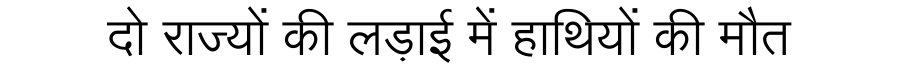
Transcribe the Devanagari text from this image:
दो राज्यों की लड़ाई में हाथियों की मौत